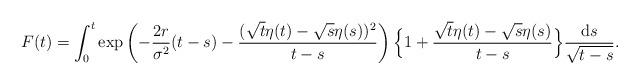
LaTeX: \begin{align*} F (t) = \int_{0}^{t}\exp \left( - \frac{2r}{\sigma^{2}} (t-s) - \frac{(\sqrt{t}\eta (t) - \sqrt{s}\eta (s))^{2}}{t-s} \right) \Big\{ 1+ \frac{\sqrt{t}\eta (t) - \sqrt{s}\eta (s)}{t-s} \Big\} \frac{\mathrm{d}s}{\sqrt{t-s}}.\end{align*}